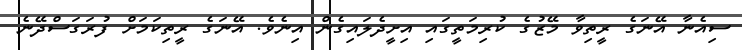
ސިއެނާ އޭނަގެ ރީތިވާ މޭޒުގެ ކުރިމަތީގައި އިށީދެލައިގެން އިނެވެ. އޭނަގެ ރީތިކަމަށް ފުރަގަސްދޭނެ